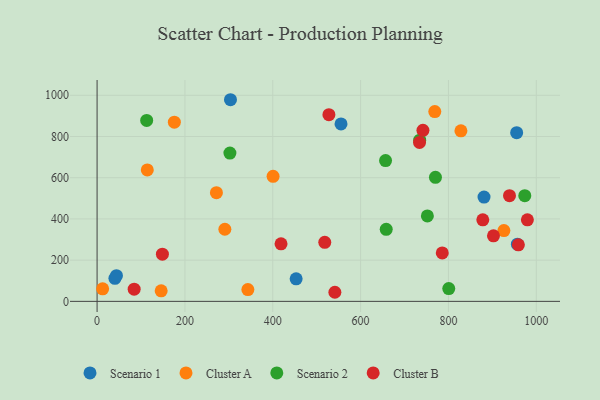
{"axis": {"x": "Price", "y": "Exam Score"}, "legend": ["Cluster A", "Cluster B", "Scenario 1", "Scenario 2"], "data": [{"x": "555.4", "y": 860.9, "type": "Scenario 1"}, {"x": "881.0", "y": 505.9, "type": "Scenario 1"}, {"x": "40.6", "y": 111.7, "type": "Scenario 1"}, {"x": "956.9", "y": 277.3, "type": "Scenario 1"}, {"x": "44.1", "y": 124.6, "type": "Scenario 1"}, {"x": "955.3", "y": 818.7, "type": "Scenario 1"}, {"x": "303.7", "y": 978.5, "type": "Scenario 1"}, {"x": "453.2", "y": 109.2, "type": "Scenario 1"}, {"x": "290.9", "y": 350.0, "type": "Cluster A"}, {"x": "926.2", "y": 343.5, "type": "Cluster A"}, {"x": "12.6", "y": 60.9, "type": "Cluster A"}, {"x": "145.9", "y": 51.0, "type": "Cluster A"}, {"x": "768.9", "y": 921.0, "type": "Cluster A"}, {"x": "114.3", "y": 637.8, "type": "Cluster A"}, {"x": "400.7", "y": 606.7, "type": "Cluster A"}, {"x": "175.9", "y": 869.5, "type": "Cluster A"}, {"x": "828.4", "y": 827.5, "type": "Cluster A"}, {"x": "271.7", "y": 527.2, "type": "Cluster A"}, {"x": "343.3", "y": 57.3, "type": "Cluster A"}, {"x": "302.4", "y": 719.8, "type": "Scenario 2"}, {"x": "800.7", "y": 61.9, "type": "Scenario 2"}, {"x": "656.8", "y": 683.3, "type": "Scenario 2"}, {"x": "658.3", "y": 349.8, "type": "Scenario 2"}, {"x": "734.5", "y": 782.1, "type": "Scenario 2"}, {"x": "770.4", "y": 602.0, "type": "Scenario 2"}, {"x": "752.0", "y": 414.4, "type": "Scenario 2"}, {"x": "112.9", "y": 878.1, "type": "Scenario 2"}, {"x": "973.8", "y": 513.1, "type": "Scenario 2"}, {"x": "741.9", "y": 830.1, "type": "Cluster B"}, {"x": "939.0", "y": 512.7, "type": "Cluster B"}, {"x": "979.7", "y": 395.9, "type": "Cluster B"}, {"x": "527.8", "y": 905.9, "type": "Cluster B"}, {"x": "541.4", "y": 44.1, "type": "Cluster B"}, {"x": "84.4", "y": 59.2, "type": "Cluster B"}, {"x": "785.9", "y": 235.1, "type": "Cluster B"}, {"x": "518.4", "y": 286.3, "type": "Cluster B"}, {"x": "878.2", "y": 395.8, "type": "Cluster B"}, {"x": "959.2", "y": 274.4, "type": "Cluster B"}, {"x": "148.7", "y": 229.2, "type": "Cluster B"}, {"x": "902.5", "y": 318.2, "type": "Cluster B"}, {"x": "734.1", "y": 771.1, "type": "Cluster B"}, {"x": "418.8", "y": 279.3, "type": "Cluster B"}]}